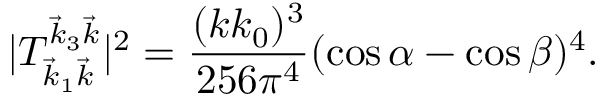
| T _ { \vec { k } _ { 1 } \vec { k } } ^ { \vec { k } _ { 3 } \vec { k } } | ^ { 2 } = \frac { ( k k _ { 0 } ) ^ { 3 } } { 2 5 6 \pi ^ { 4 } } ( \cos \alpha - \cos \beta ) ^ { 4 } .